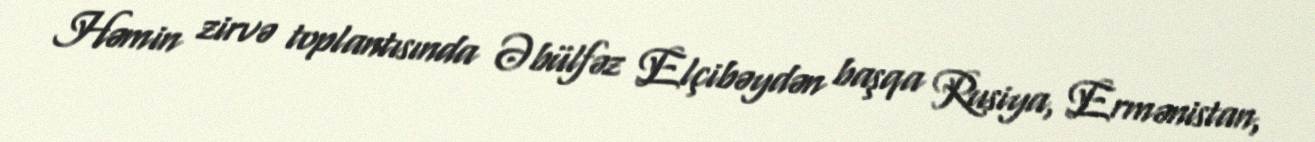
Həmin zirvə toplantısında Əbülfəz Elçibəydən başqa Rusiya, Ermənistan,